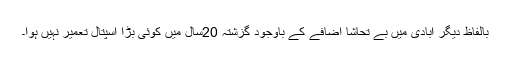
بالفاظ دیگر آبادی میں بے تحاشا اضافے کے باوجود گزشتہ 20سال میں کوئی بڑا اسپتال تعمیر نہیں ہوا۔